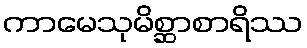
ကာမေသုမိစ္ဆာစာရိဿ